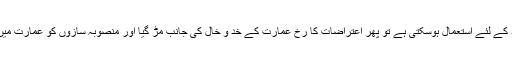
پھر جب حتمی طور پر یہ طے کرلیا گیا کہ یہ زمین مذہبی مقاصد کے لئے استعمال ہوسکتی ہے تو پھر اعتراضات کا رخ عمارت کے خد و خال کی جانب مڑ گیا اور منصوبہ سازوں کو عمارت میں میناروں کی طرز اور اونچائی پر ازسرنو غور و خوض کرنا پڑا۔